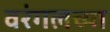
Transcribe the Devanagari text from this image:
वरंगलच्या